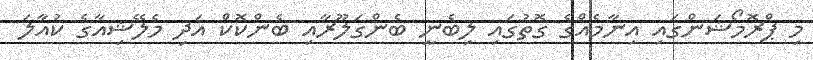
މި ޕްރޮމޯޝަންގައި އިނާމެއްގެ ގޮތުގައި ލިބެނީ ބެންގަލޫރާއި ބެންކޮކް އަދި މެލޭޝިއާގެ ކުއާލަ